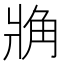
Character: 𧢼